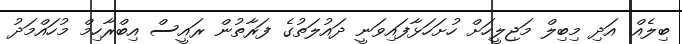
ބިލެއް. އަދި މިބިލް މަޖިލީހަށް ހުށަހަޅާފައިވަނީ ދައުލަތުގެ ފަރާތުން ރައީސް އިބްރާހިމް މުހައްމަދު